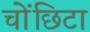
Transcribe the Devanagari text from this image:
चोंछिटा